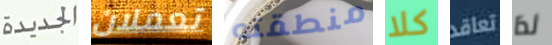
الجديدة تعملان منطقته كلا تعاقد لذا